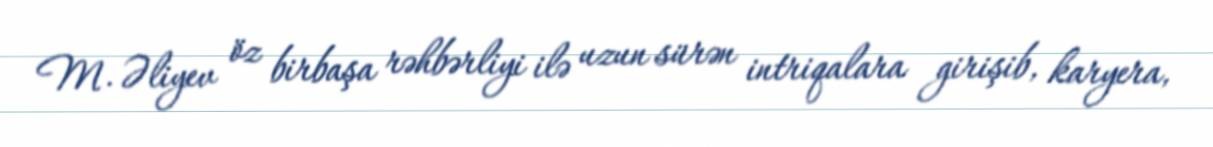
M. Əliyev öz birbaşa rəhbərliyi ilə uzun sürən intriqalara girişib, karyera,